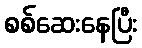
စစ်ဆေးနေပြီး